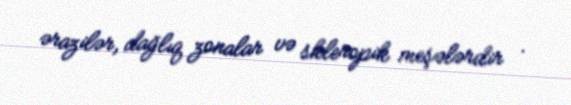
ərazilər, dağlıq zonalar və skleropik meşələrdir .